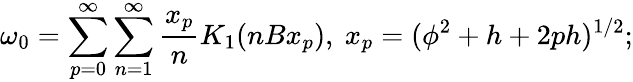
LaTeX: \omega_{0}=\sum_{p=0}^{\infty}\sum_{n=1}^{\infty}\frac{x_{p}}{n}K_{1}(nBx_{p}),~x_{p}=(\phi^{2}+h+2ph)^{1/2};